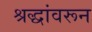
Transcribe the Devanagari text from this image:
श्रद्धांवरून